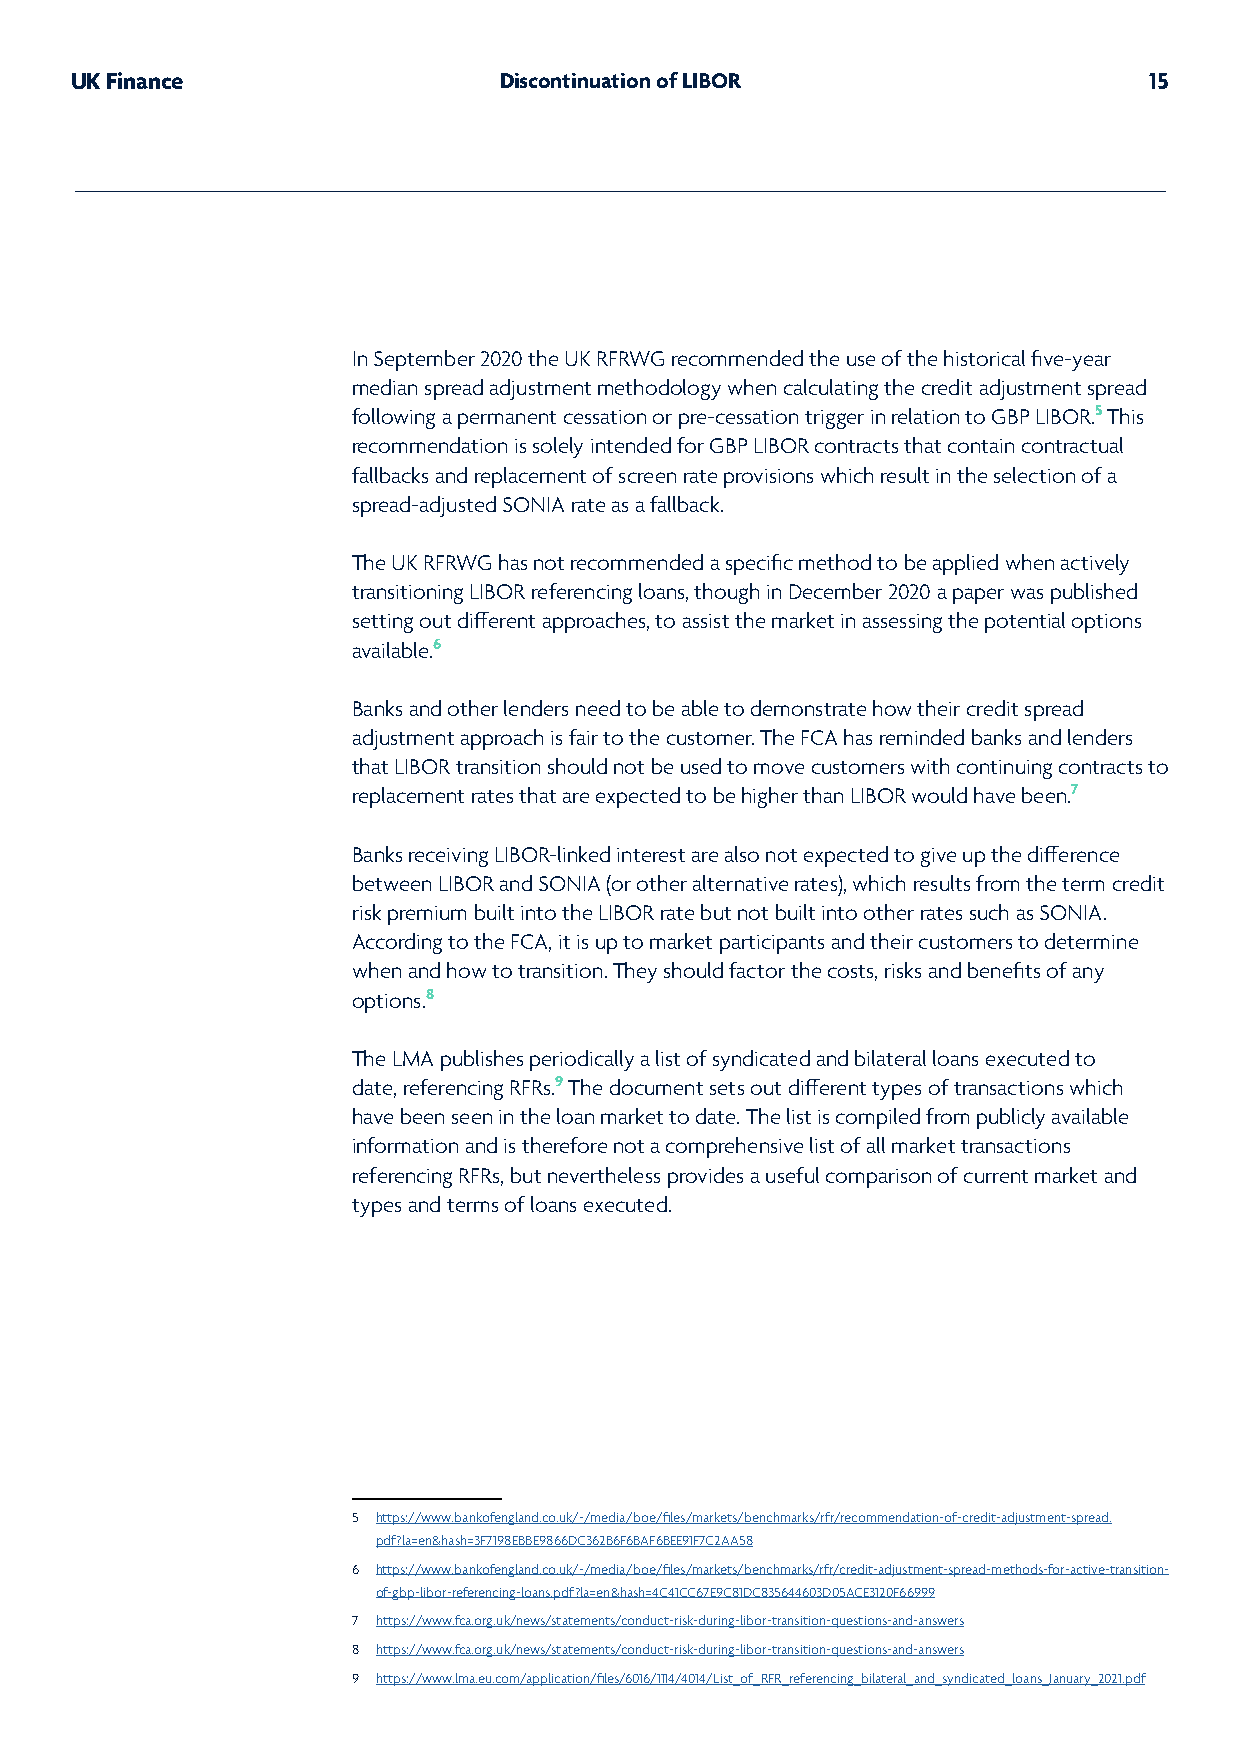
UK Finance                  Discontinuation of LIBOR                   15
 In September 2020 the UK RFRWG recommended the use of the historical five-year
 median spread adjustment methodology when calculating the credit adjustment spread
 following a permanent cessation or pre-cessation trigger in relation to GBP LIBOR.5 This
 recommendation is solely intended for GBP LIBOR contracts that contain contractual
 fallbacks and replacement of screen rate provisions which result in the selection of a
 spread-adjusted SONIA rate as a fallback.
 The UK RFRWG has not recommended a specific method to be applied when actively
 transitioning LIBOR referencing loans, though in December 2020 a paper was published
 setting out different approaches, to assist the market in assessing the potential options
 available.6
 Banks and other lenders need to be able to demonstrate how their credit spread
 adjustment approach is fair to the customer. The FCA has reminded banks and lenders
 that LIBOR transition should not be used to move customers with continuing contracts to
 replacement rates that are expected to be higher than LIBOR would have been.7
 Banks receiving LIBOR-linked interest are also not expected to give up the difference
 between LIBOR and SONIA (or other alternative rates), which results from the term credit
 risk premium built into the LIBOR rate but not built into other rates such as SONIA.
 According to the FCA, it is up to market participants and their customers to determine
 when and how to transition. They should factor the costs, risks and benefits of any
 options.8
 The LMA publishes periodically a list of syndicated and bilateral loans executed to
 date, referencing RFRs.9 The document sets out different types of transactions which
 have been seen in the loan market to date. The list is compiled from publicly available
 information and is therefore not a comprehensive list of all market transactions
 referencing RFRs, but nevertheless provides a useful comparison of current market and
 types and terms of loans executed.
 5 https://www.bankofengland.co.uk/-/media/boe/files/markets/benchmarks/rfr/recommendation-of-credit-adjustment-spread.
 pdf?la=en&hash=3F7198EBBE9866DC362B6F6BAF6BEE91F7C2AA58
 6 https://www.bankofengland.co.uk/-/media/boe/files/markets/benchmarks/rfr/credit-adjustment-spread-methods-for-active-transition-
 of-gbp-libor-referencing-loans.pdf?la=en&hash=4C41CC67E9C81DC835644603D05ACE3120F66999
 7 https://www.fca.org.uk/news/statements/conduct-risk-during-libor-transition-questions-and-answers
 8 https://www.fca.org.uk/news/statements/conduct-risk-during-libor-transition-questions-and-answers
 9 https://www.lma.eu.com/application/files/6016/1114/4014/List_of_RFR_referencing_bilateral_and_syndicated_loans_January_2021.pdf